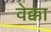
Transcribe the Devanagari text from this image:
वेक्का